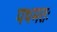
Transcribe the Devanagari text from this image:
पथमतः